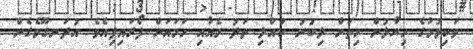
ވަކިވުމުގެ ހިޔާލުން ހިތަށް ލިބުނު ކުއްލި ތަދު މެއާއި ހަމައަށް ފޯރައިފިއެވެ. އުދަނގޫވެގެން